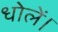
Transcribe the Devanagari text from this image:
धोलें।